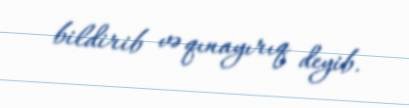
bildirib və qınayırıq deyib.